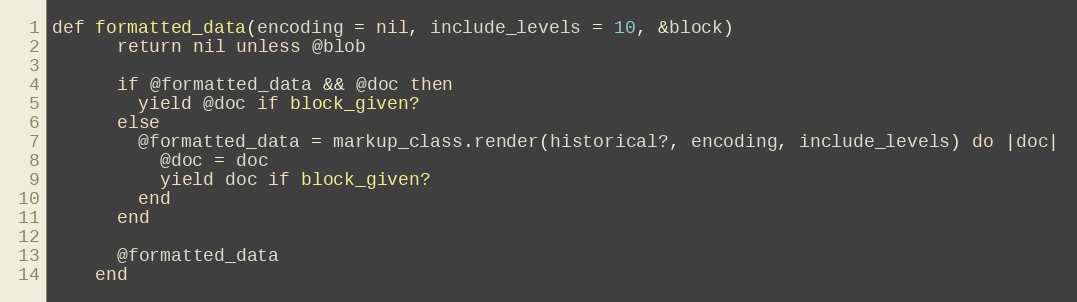
Language: Ruby
def formatted_data(encoding = nil, include_levels = 10, &block)
      return nil unless @blob

      if @formatted_data && @doc then
        yield @doc if block_given?
      else
        @formatted_data = markup_class.render(historical?, encoding, include_levels) do |doc|
          @doc = doc
          yield doc if block_given?
        end
      end

      @formatted_data
    end